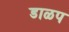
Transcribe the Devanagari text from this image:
डाळप